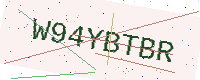
Text: W94YBTBR